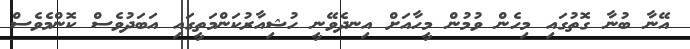
އޭނާ ބުނާ ގޮތުގައި މިހެން ވުމުން މީހާއަށް އިނދެވޭނީ ހުޝިއާރުކަންމަތީގައި އަބަދުވެސް ކޮންމެވެސް